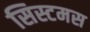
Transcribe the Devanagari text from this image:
सिस्टमस